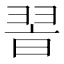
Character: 𦐮